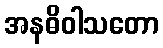
အနဓိဝါသတော